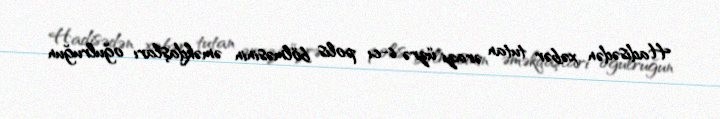
Hadisədən xəbər tutan ərazi üzrə 6-cı polis bölməsinin əməkdaşları oğulruğun